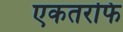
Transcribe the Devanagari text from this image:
एकतरफि